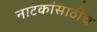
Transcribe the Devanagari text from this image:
नाटकांसाठीच